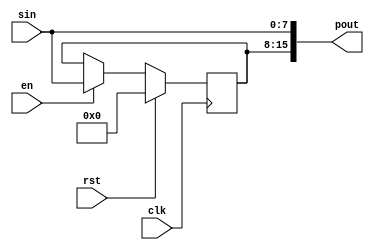
// Serial to Parallel Shift Register
//

module lpm_stopar(clk,rst,sin,en,pout);

parameter WIDTH = 8;
parameter DEPTH = 2;

input		wire								clk;
input		wire								rst;
input		wire	[(WIDTH-1):0]			sin;
input		wire								en;
output	wire	[(WIDTH*DEPTH-1):0]	pout;

reg	[(WIDTH-1):0]	highreg;

always @(posedge clk)
begin
	if (rst == 1)
		highreg <= 0;
	else if (en == 1)
	begin
		highreg <= sin;
	end
end

assign pout = {highreg, sin};

endmodule